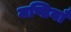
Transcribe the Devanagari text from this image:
मण्डियाँ